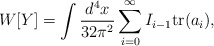
\begin{align*} W[Y]=\int\frac{d^4x}{32\pi^2}\sum^\infty_{i=0}I_{i-1}\mbox{tr}(a_i),\end{align*}